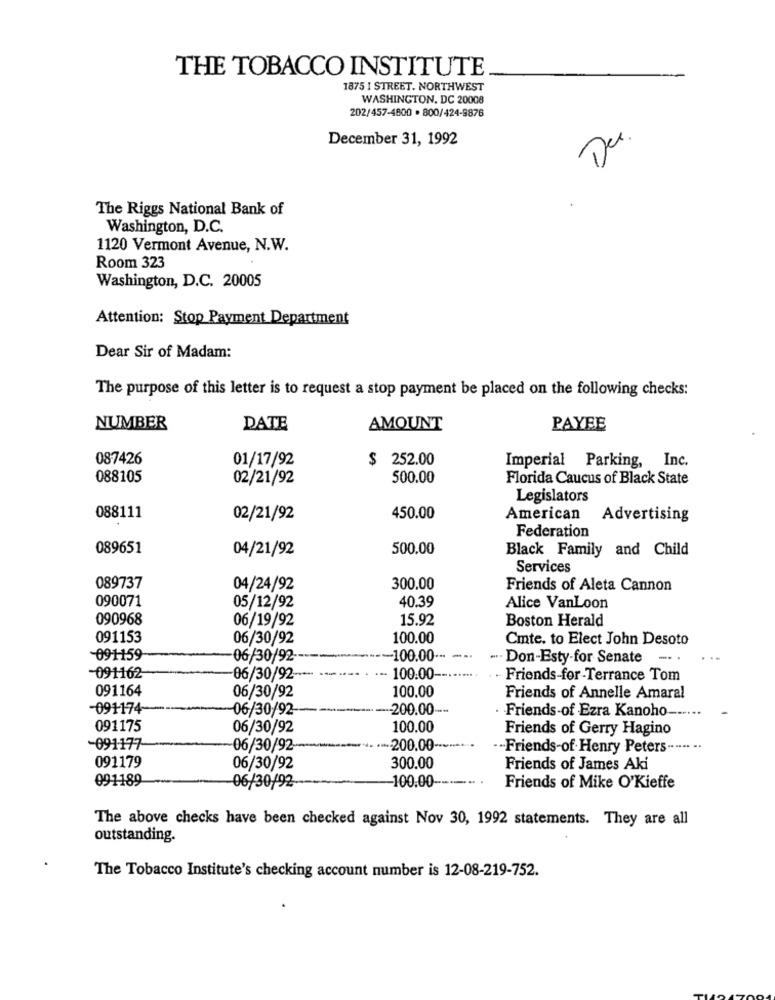
THE TOBACCO INSTITUTE
1875 I STREET. NORTHWEST
WASHINGTON, DC 20008
202/457-4800 . 800/424-9876
December 31, 1992
De.
The Riggs National Bank of
Washington, D.C.
1120 Vermont Avenue, N.W.
Room 323
Washington, D.C. 20005
Attention: Stop Payment Department
Dear Sir of Madam:
The purpose of this letter is to request a stop payment be placed on the following checks:
NUMBER
DATE
AMOUNT
PAYEE
087426
01/17/92
$ 252.00
Inc.
Imperial Parking,
088105
02/21/92
500.00
Florida Caucus of Black State
Legislators
088111
02/21/92
450.00
American Advertising
Federation
089651
04/21/92
500.00
Black Family and Child
Services
089737
04/24/92
300.00
Friends of Aleta Cannon
40.39
090071
05/12/92
Alice VanLoon
090968
06/19/92
15.92
Boston Herald
091153
06/30/92
100.00
Cmte. to Elect John Desoto
-091159
-06/30/92
-100.00 ---
... Don-Esty-for Senate
-091162
06/30/92 -**
100.00 --
- Friends-for-Terrance Tom
091164
06/30/92
100.00
Friends of Annelle Amaral
-091174
06/30/92-
-200.00 -.
Friends-of Ezra Kanoho --
091175
06/30/92
100.00
Friends of Gerry Hagino
-091177-
06/30/92-
-- 200.00-
.. Friends-of-Henry Peters --
.. ..
091179
06/30/92
300.00
Friends of James Aki
091189
100.00 --
06/30/92
Friends of Mike O'Kieffe
The above checks have been checked against Nov 30, 1992 statements. They are all
outstanding.
The Tobacco Institute's checking account number is 12-08-219-752.